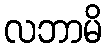
လဘာမိ